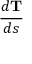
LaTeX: \frac { d \mathbf { T } } { d s }